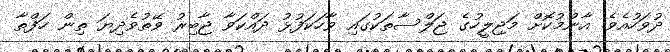
ދުވަހުއެވެ. އާންމުކޮށް މަޖިލީހުގެ ޖަލްސާތަކުގައި ވާހަކަފުޅު ދައްކަވާ ޖާބިރު ވޭތުވެދިޔަ ތިން ހަފްތާ